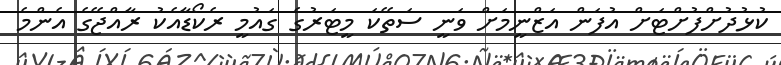
ކުޅުދުށްފުށްޓަށް އުފަން އަޒްނީމަށް ވަނީ ސަތޭކަ މީޓަރުގެ ގައުމީ ރެކޯޑާއެކު ރާއްޖޭގެ އެންމެ